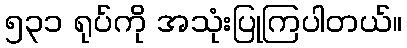
၅၃၁ ရုပ်ကို အသုံးပြုကြပါတယ်။